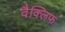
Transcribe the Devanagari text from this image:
वैक्लिफ